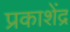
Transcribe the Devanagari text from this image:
प्रकाशेंद्र